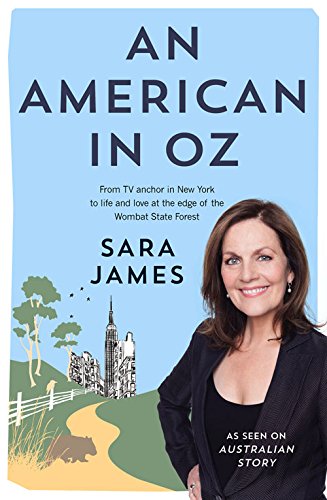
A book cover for An American in Oz: From TV Anchor in New York to Life and Love at the Edge of the Wombat State Forest; Sara James; Humor & Entertainment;